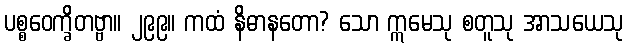
ပစ္စဝေက္ခိတဗ္ဗာ။ ၂၉၉။ ကထံ နိဓာနတော? သော ဣမေသု စတူသု အာသယေသု